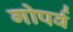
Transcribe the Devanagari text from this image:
गोपर्व